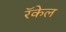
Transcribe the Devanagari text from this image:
रॅकेल